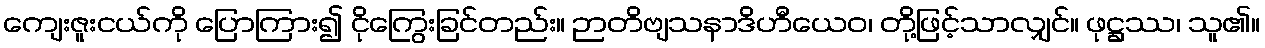
ကျေးဇူးငယ်ကို ပြောကြား၍ ငိုကြွေးခြင်တည်း။ ဉာတိဗျသနာဒိဟီယေဝ၊ တို့ဖြင့်သာလျှင်။ ဖုဋ္ဌဿ၊ သူ၏။